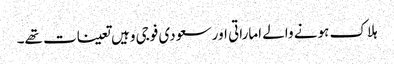
ہلاک ہونے والے اماراتی اور سعودی فوجی وہیں تعینات تھے۔